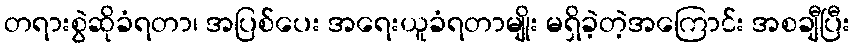
တရားစွဲဆိုခံရတာ၊ အပြစ်ပေး အရေးယူခံရတာမျိုး မရှိခဲ့တဲ့အကြောင်း အစချီပြီး